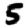
Digit: 5